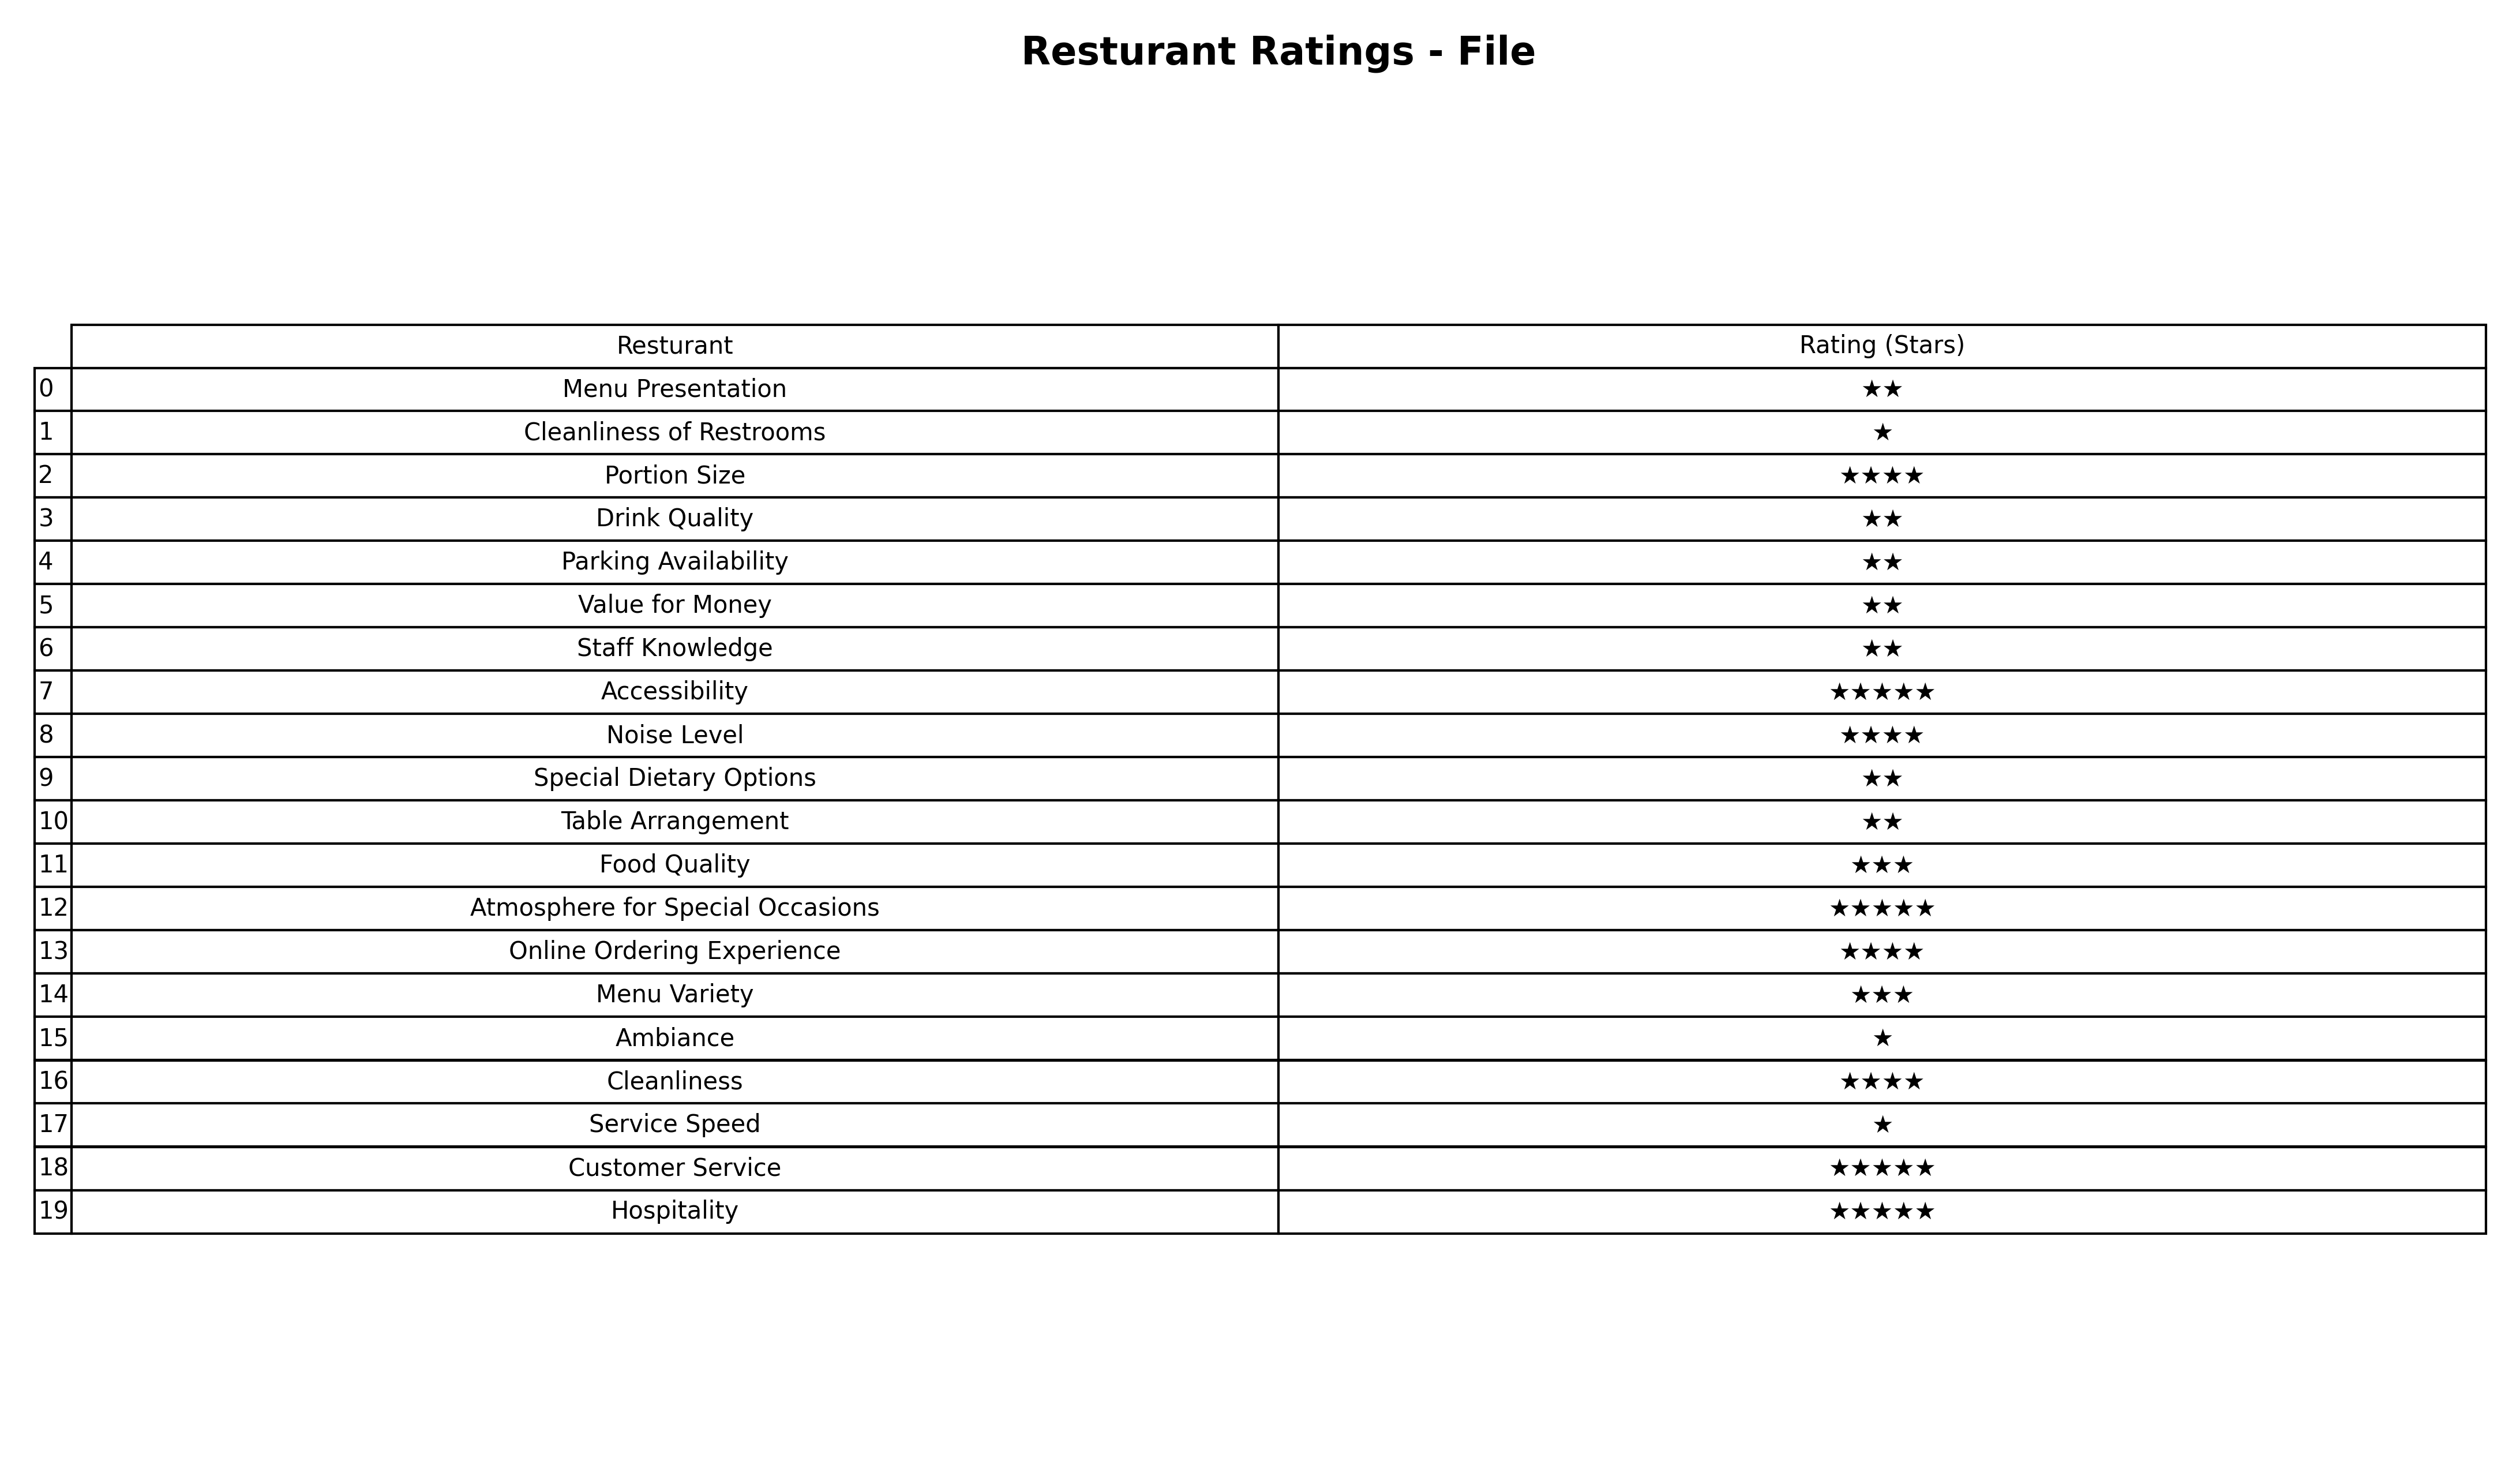
question: What are lowest rating services?
answer: Food QualityMenu Variety